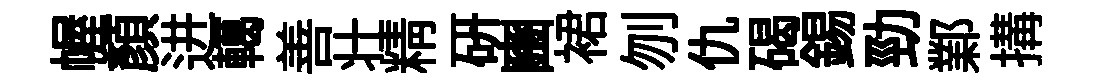
幄顔进轕善壮精研豳裙刎仇碣錫勁鄴搆